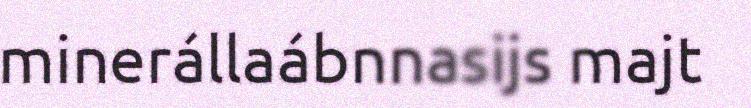
minerállaábnnasijs majt